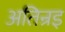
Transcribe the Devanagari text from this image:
अतिन्रइ